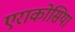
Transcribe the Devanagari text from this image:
एराकोसिया